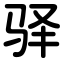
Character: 驿